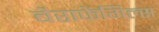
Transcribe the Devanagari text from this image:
बैराफेंगिल्स